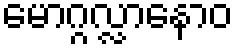
မောဂ္ဂလ္လာနောဝ